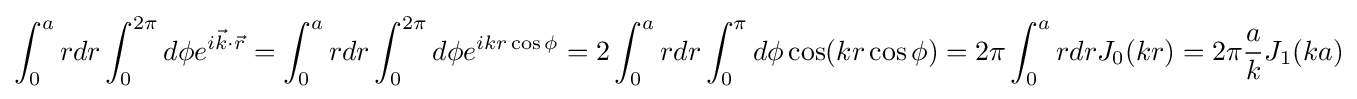
\int _{0}^{a}rdr\int _{0}^{2\pi }d\phi e^{i{\vec {k}}\cdot {\vec {r}}}=\int _{0}^{a}rdr\int _{0}^{2\pi }d\phi e^{ikr\cos \phi }=2\int _{0}^{a}rdr\int _{0}^{\pi }d\phi \cos(kr\cos \phi )=2\pi \int _{0}^{a}rdrJ_{0}(kr)=2\pi {\frac {a}{k}}J_{1}(ka)